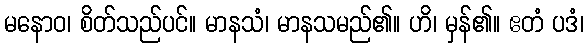
မနောဝ၊ စိတ်သည်ပင်။ မာနသံ၊ မာနသမည်၏။ ဟိ၊ မှန်၏။ ဧတံ ပဒံ၊